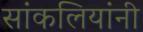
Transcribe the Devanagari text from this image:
सांकलियांनी